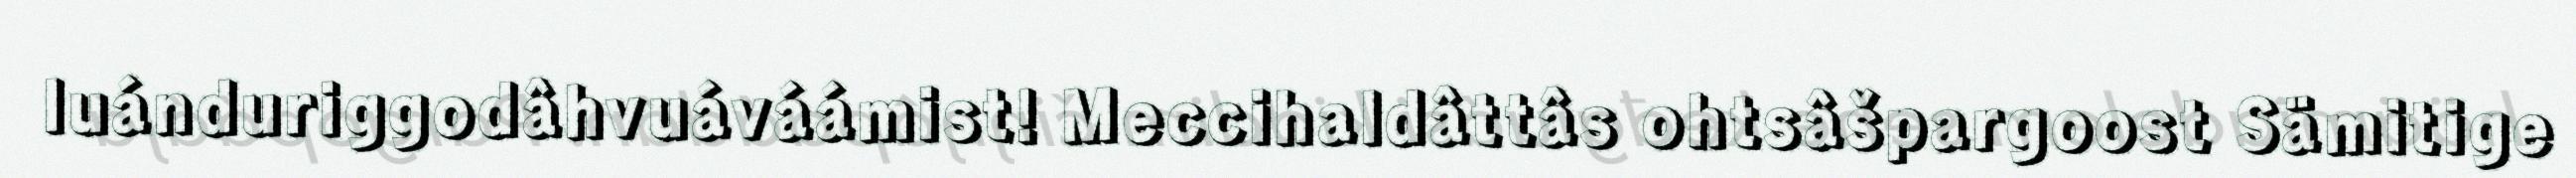
luánduriggodâhvuáváámist! Meccihaldâttâs ohtsâšpargoost Sämitige